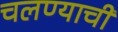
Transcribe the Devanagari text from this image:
चलण्याची